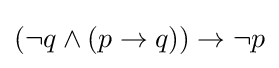
(\neg q\wedge (p\rightarrow q))\rightarrow \neg p